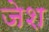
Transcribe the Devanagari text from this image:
जेश